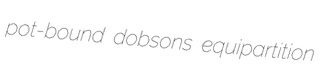
pot-bound dobsons equipartition